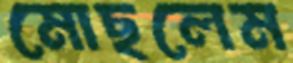
মোছলেম